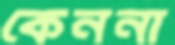
কেননা